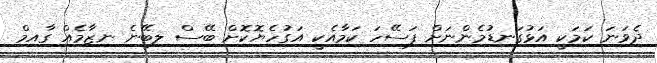
ދެވަނަ ކަމަކީ އަޅުގަނޑުމެންނަށް ފަސޭހަ ކަމާއެކީ އަގުހެޔޮކޮށް ބޭސް ލިބޭނެ ނިޒާމެއް ގާއިމް